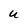
Character: u